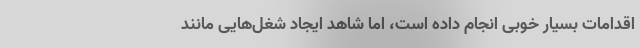
اقدامات بسیار خوبی انجام داده است، اما شاهد ایجاد شغل‌هایی مانند